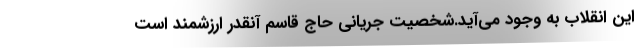
این انقلاب به وجود می‌آید.شخصیت جریانی حاج قاسم آنقدر ارزشمند است